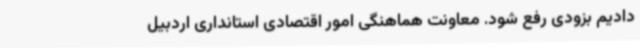
دادیم بزودی رفع شود. معاونت هماهنگی امور اقتصادی استانداری اردبیل